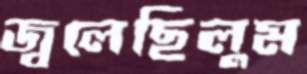
জ্বলেছিলুম